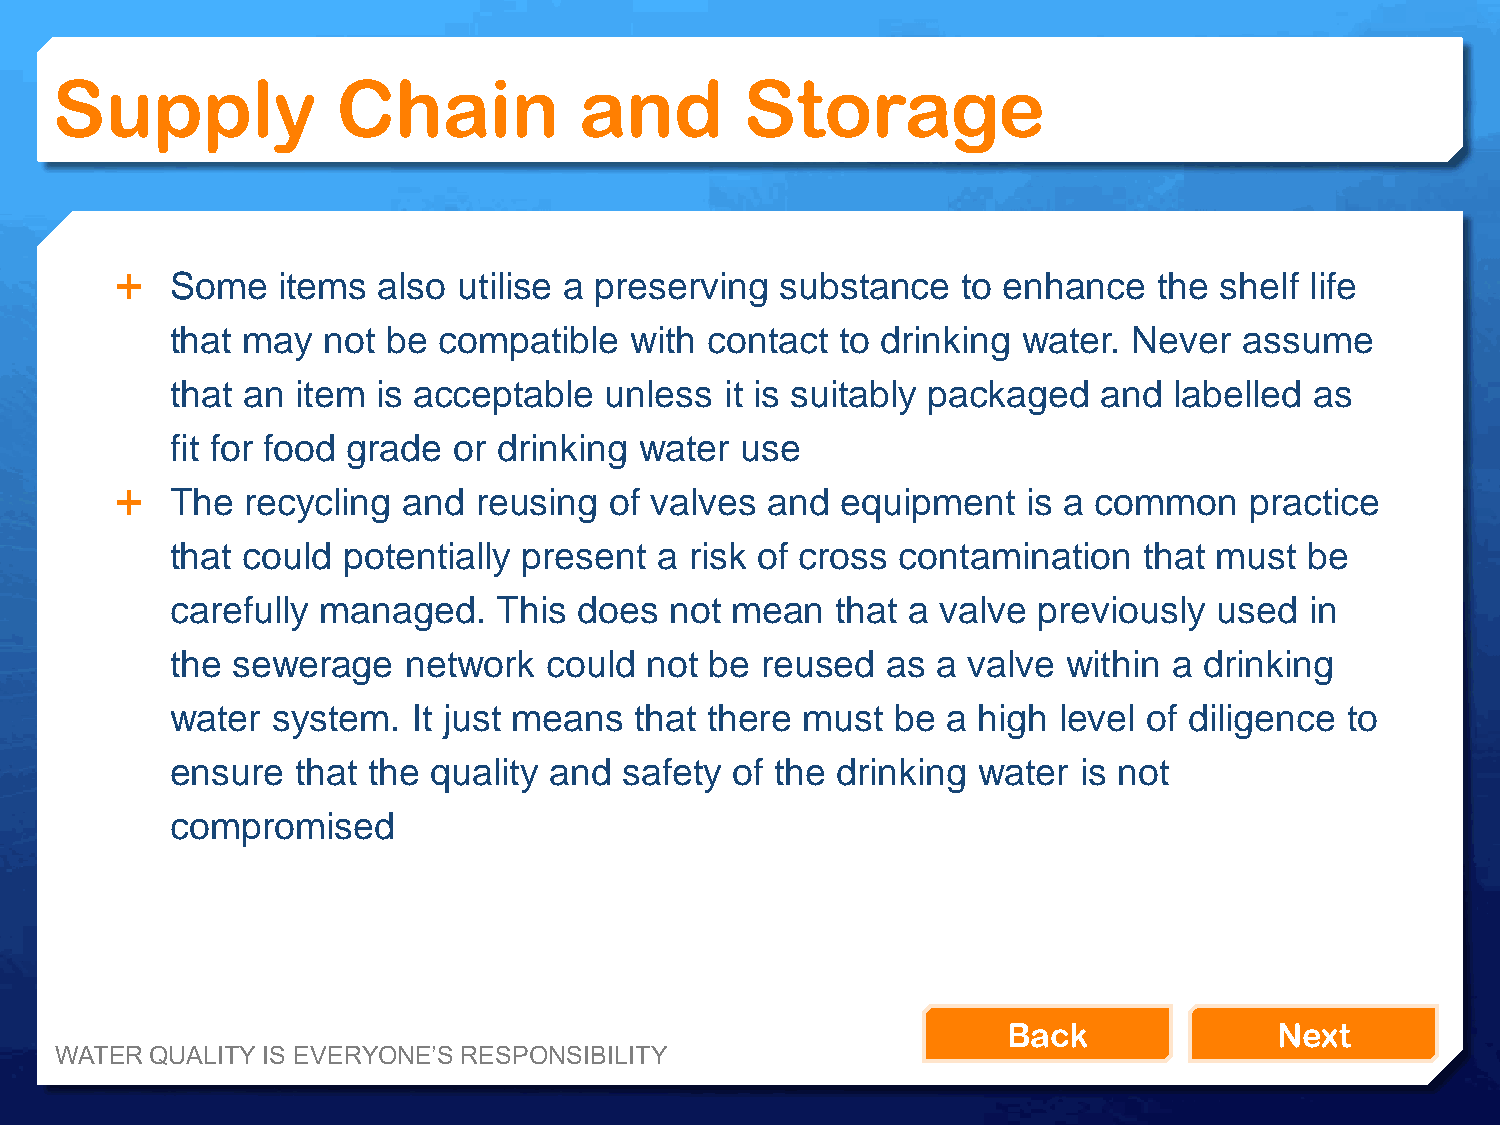
Supply             Chain           and        Storage
   Some   items  also utilise a preserving  substance   to enhance   the shelf life
 that may  not  be compatible   with contact  to drinking water. Never  assume
 that an  item is acceptable  unless  it is suitably packaged  and  labelled as
 fit for food grade or drinking water  use
   The  recycling  and  reusing of valves  and  equipment   is a common    practice
 that could  potentially present  a risk of cross contamination   that must  be
 carefully managed.    This does  not mean   that a valve  previously  used  in
 the sewerage    network  could  not be reused   as a valve  within a drinking
 water  system.  It just means  that there must  be  a high level of diligence to
 ensure   that the quality and safety of the drinking  water  is not
 compromised
 Back              Next
 WATER QUALITY IS EVERYONE’S RESPONSIBILITY